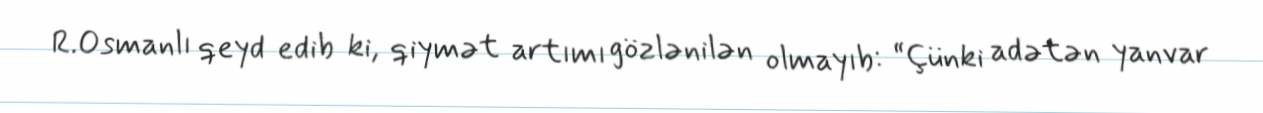
R.Osmanlı qeyd edib ki, qiymət artımı gözlənilən olmayıb: “Çünki adətən yanvar